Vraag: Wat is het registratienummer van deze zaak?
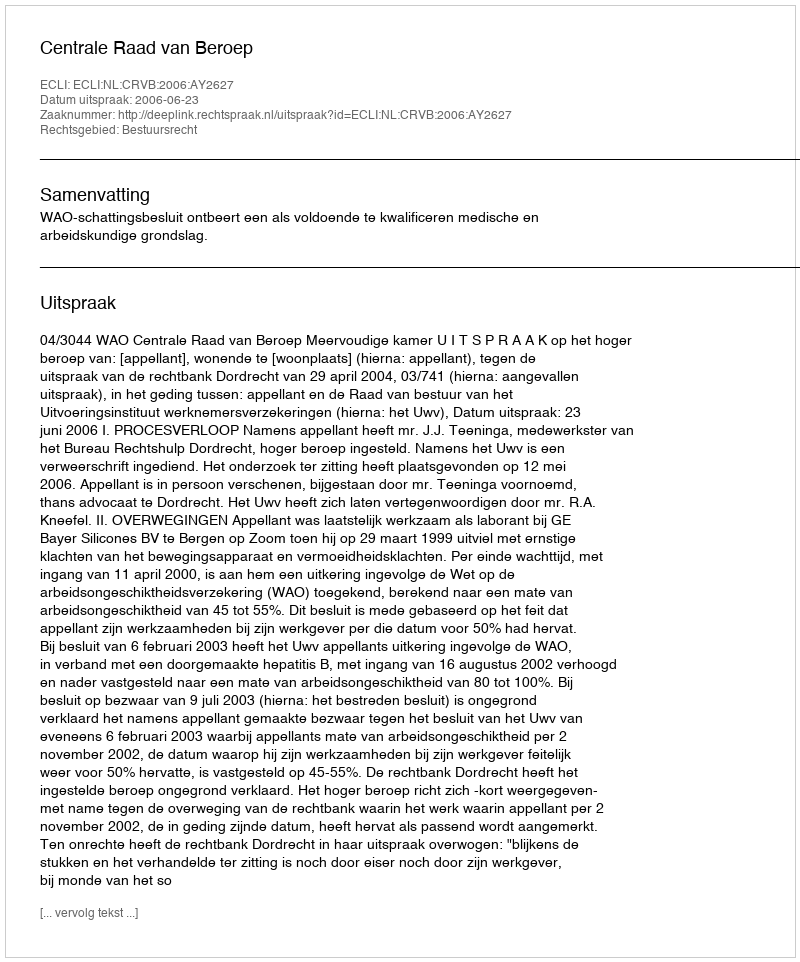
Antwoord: http://deeplink.rechtspraak.nl/uitspraak?id=ECLI:NL:CRVB:2006:AY2627